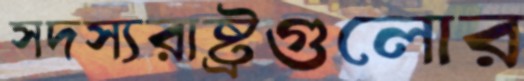
সদস্যরাষ্ট্রগুলোর